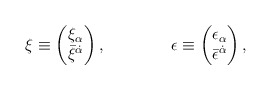
\begin{align*}\xi \equiv \begin{pmatrix} \xi_\alpha \\ \bar{\xi}^{\dot{\alpha}}\end{pmatrix}, \qquad \qquad \epsilon \equiv \begin{pmatrix}\epsilon_\alpha \\ \bar{\epsilon}^{\dot{\alpha}}\end{pmatrix},\end{align*}